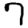
Digit: 7